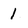
Character: I